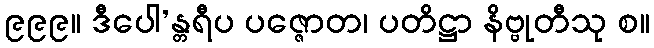
၉၉၉။ ဒီပေါ’န္တရီပ ပဇ္ဇောတ၊ ပတိဋ္ဌာ နိဗ္ဗုတီသု စ။